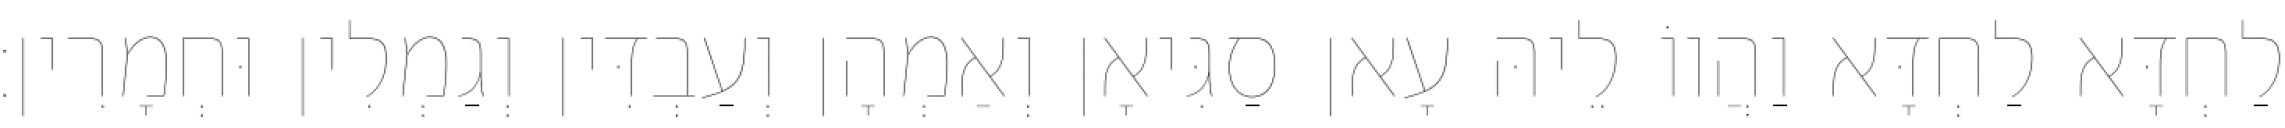
לַחְדָּא לַחְדָּא וַהֲווֹ לֵיהּ עָאן סַגִּיאָן וְאַמְהָן וְעַבְדִּין וְגַמְלִין וּחְמָרִין׃